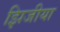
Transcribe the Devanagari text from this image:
झिजीया